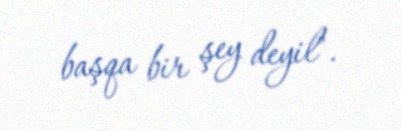
başqa bir şey deyil".